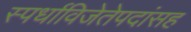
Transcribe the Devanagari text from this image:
स्पर्धाविजेतेपदांसह